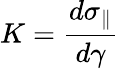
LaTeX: K=\frac{d\sigma_{\parallel}}{d\gamma}